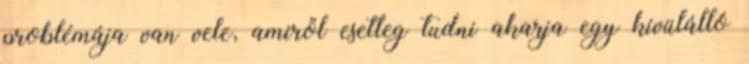
problémája van vele, amiről esetleg tudni akarja egy kívülálló